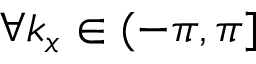
\forall k _ { x } \in ( - \pi , \pi ]